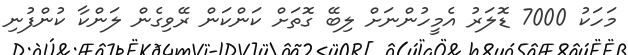
މަހަކު 7000 ޑޮލަރު އެމީހުންނަށް ލިބޭ ގޮތަށް ކަންކަން ރޭވިގެން ލަންކާ ކުންފުނި